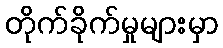
တိုက်ခိုက်မှုများမှာ